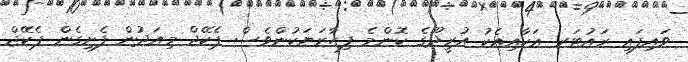
ވައިފައި ރައުޓަރ އަކާއިއެކު އުރީދޫގެ ކޮންމެ ފިހާރަޔަކުންވެސް ޕެކޭޖް މިއަދުން ފެށިގެން ޕެކޭޖް